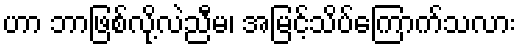
ဟာ ဘာဖြစ်လို့လဲညီမ၊ အမြင့်သိပ်ကြောက်သလား